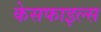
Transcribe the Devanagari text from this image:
केसफाइल्स